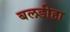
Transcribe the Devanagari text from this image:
बलडीहा